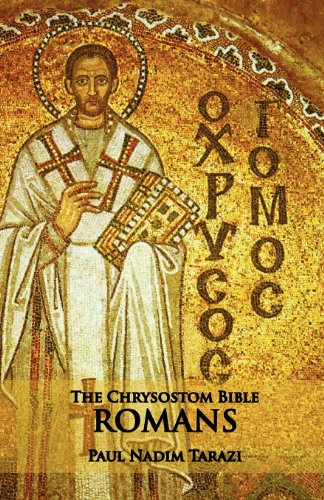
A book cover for The Chrysostom Bible - Romans: A Commentary; Paul Nadim Tarazi; Christian Books & Bibles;